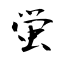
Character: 蛍